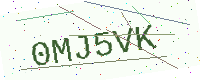
Text: 0MJ5VK